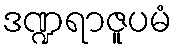
ဒဏ္ဍရာဇူပမံ